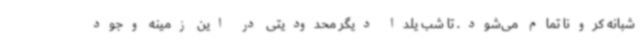
شبانه کرونا تمام می‌شود. تا شب یلدا دیگر محدودیتی در این زمینه وجود